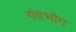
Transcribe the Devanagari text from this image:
गंधभोग